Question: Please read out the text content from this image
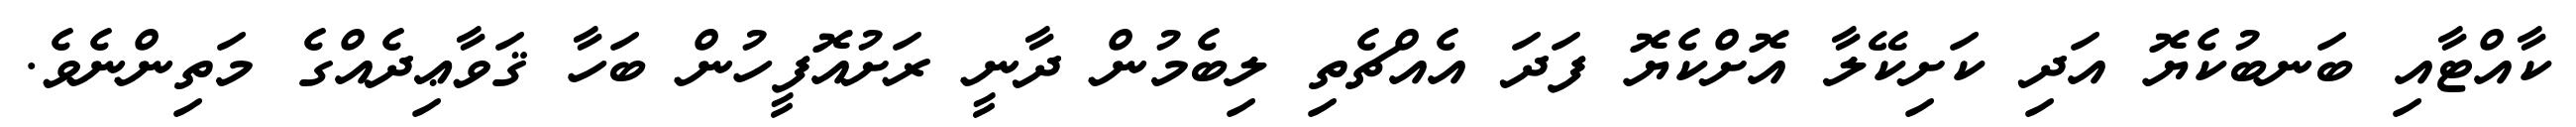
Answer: ކާއްޓާއި ބަނބުކެޔޮ އަދި ކަށިކޭލާ އޮށްކެޔޮ ފަދަ އެއްޗެތި ލިބެމުން ދާނީ ރަށުއޮފީހުން ބަހާ ޤަވާޢިދެއްގެ މަތިންނެވެ.